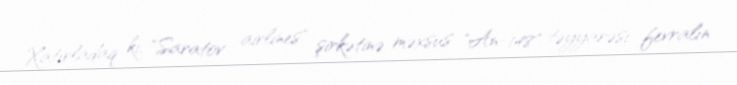
Xatırladaq ki, "Saratov airlines" şirkətinə məxsus "An-148" təyyarəsi fevralın